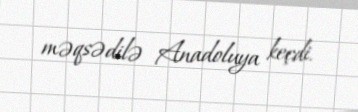
məqsədilə Anadoluya keçdi.